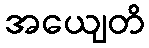
အယျေတိ